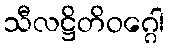
သီလဋ္ဌိတိဝဂ္ဂေါ